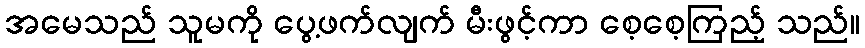
အမေသည် သူမကို ပွေ့ဖက်လျက် မီးဖွင့်ကာ စေ့စေ့ကြည့် သည်။